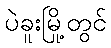
ပဲခူးမြို့တွင်